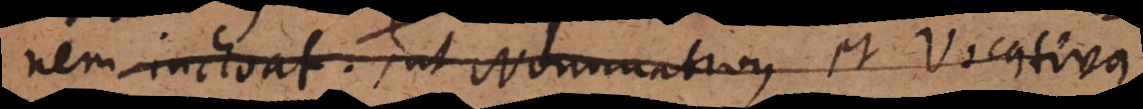
nem inchoat, ut Nominativus et Vocativus.